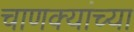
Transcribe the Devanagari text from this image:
चाणक्यांच्या